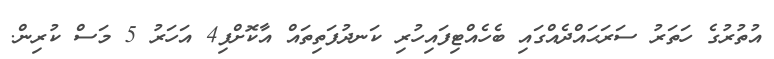
އުތުރުގެ ހަތަރު ސަރަޙައްދެއްގައި ބެހެއްޓިފައިހުރި ކަނދުފަތިތައް އާކޮށްފި4 އަހަރު 5 މަސް ކުރިން.